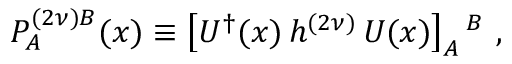
{ \cal P } _ { A } ^ { ( 2 \nu ) B } ( x ) \equiv \left[ U ^ { \dagger } ( x ) \, h ^ { ( 2 \nu ) } \, U ( x ) \right] _ { A } { } ^ { B } ~ ,